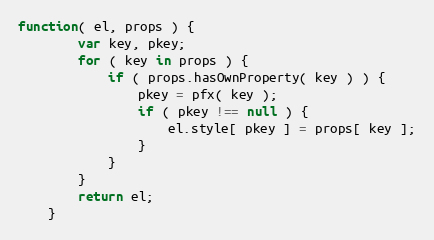
Language: JavaScript
function( el, props ) {
        var key, pkey;
        for ( key in props ) {
            if ( props.hasOwnProperty( key ) ) {
                pkey = pfx( key );
                if ( pkey !== null ) {
                    el.style[ pkey ] = props[ key ];
                }
            }
        }
        return el;
    }